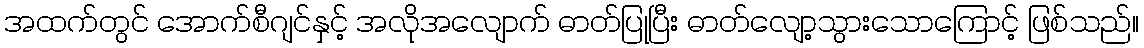
အထက်တွင် အောက်စီဂျင်နှင့် အလိုအလျောက် ဓာတ်ပြုပြီး ဓာတ်လျော့သွားသောကြောင့် ဖြစ်သည်။